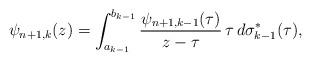
LaTeX: \begin{align*}\psi_{n+1,k}(z)=\int_{a_{k-1}}^{b_{k-1}}\frac{\psi_{n+1,k-1}(\tau)}{z-\tau}\,\tau\,d\sigma_{k-1}^{*}(\tau),\end{align*}